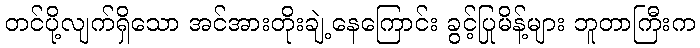
တင်ပို့လျက်ရှိသော အင်အားတိုးချဲ့နေကြောင်း ခွင့်ပြုမိန့်များ ဘူတာကြီးက